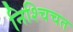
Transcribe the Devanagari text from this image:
निश्चिचत